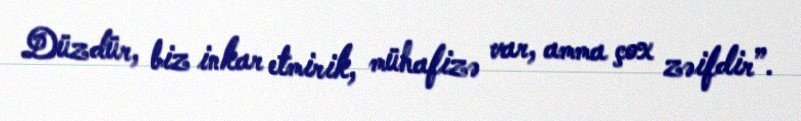
Düzdür, biz inkar etmirik, mühafizə var, amma çox zəifdir”.